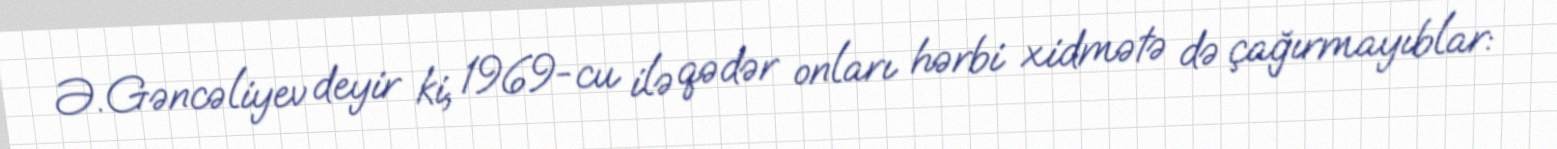
Ə.Gəncəliyev deyir ki, 1969-cu ilə qədər onları hərbi xidmətə də çağırmayıblar: